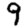
Digit: 9